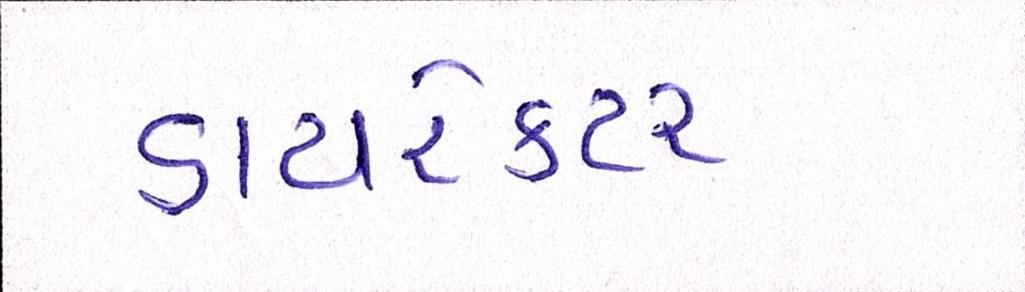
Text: ડાયરેકટર